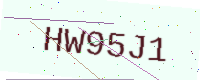
Text: HW95J1